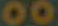
00